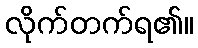
လိုက်တက်ရ၏။